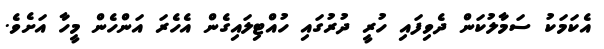
އެކަމަކު ސަމާލުކަން ދެވިފައި ހުރީ ދުރުގައި ހުއްޓިލައިގެން އެހެރަ އަންހެން މީހާ އަށެވެ.